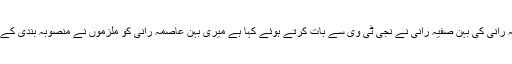
مقتولہ عاصمہ رانی کی بہن صفیہ رانی نے نجی ٹی وی سے بات کرتے ہوئے کہا ہے میری بہن عاصمہ رانی کو ملزموں نے منصوبہ بندی کے تحت قتل کیا۔